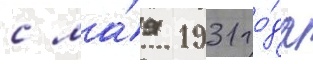
с ма́я 1931 го́да